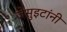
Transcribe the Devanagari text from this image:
जेसुइटांनी